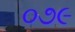
૦૭૯